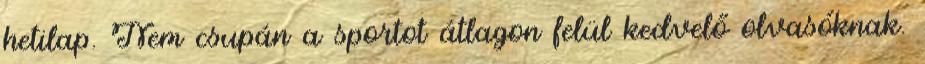
hetilap. Nem csupán a sportot átlagon felül kedvelő olvasóknak.